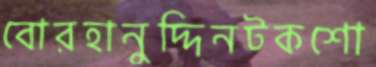
বোরহানুদ্দিনটকশো